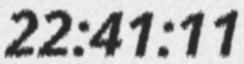
22:41:11